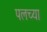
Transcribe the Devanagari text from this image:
पलच्या